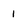
Character: i